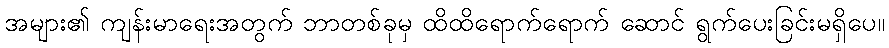
အများ၏ ကျန်းမာရေးအတွက် ဘာတစ်ခုမှ ထိထိရောက်ရောက် ဆောင် ရွက်ပေးခြင်းမရှိပေ။